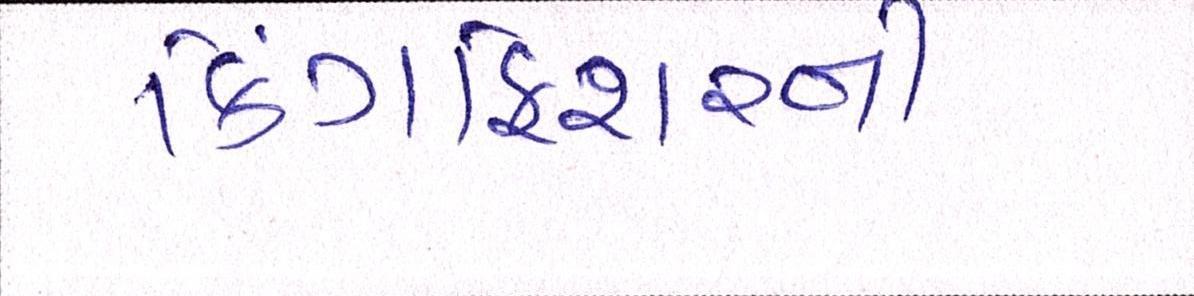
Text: કિંગફિશરની